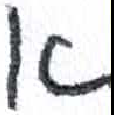
אות: א